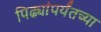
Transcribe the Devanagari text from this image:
पिढ्यांपर्यंतच्या